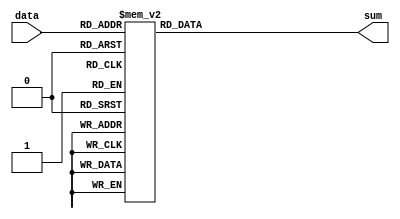
// Copyright 2007 Altera Corporation. All rights reserved.  
// Altera products are protected under numerous U.S. and foreign patents, 
// maskwork rights, copyrights and other intellectual property laws.  
//
// This reference design file, and your use thereof, is subject to and governed
// by the terms and conditions of the applicable Altera Reference Design 
// License Agreement (either as signed by you or found at www.altera.com).  By
// using this reference design file, you indicate your acceptance of such terms
// and conditions between you and Altera Corporation.  In the event that you do
// not agree with such terms and conditions, you may not use the reference 
// design file and please promptly destroy any copies you have made.
//
// This reference design file is being provided on an "as-is" basis and as an 
// accommodation and therefore all warranties, representations or guarantees of 
// any kind (whether express, implied or statutory) including, without 
// limitation, warranties of merchantability, non-infringement, or fitness for
// a particular purpose, are specifically disclaimed.  By making this reference
// design file available, Altera expressly does not recommend, suggest or 
// require that this reference design file be used in combination with any 
// other product not provided by Altera.
/////////////////////////////////////////////////////////////////////////////

// baeckler - 02-13-2006
//
//   Three input two output compressor (full adder)
//		area cost is two 3-LUTs.

module three_two_comp (data,sum);

input [2:0] data;
output [1:0] sum;

reg [1:0] sum;

always @(data) begin
	case (data)
	  0: sum=0;
	  1: sum=1;
	  2: sum=1;
	  3: sum=2;
	  4: sum=1;
	  5: sum=2;
	  6: sum=2;
	  7: sum=3;
	  default: sum=0;
	endcase
end
endmodule